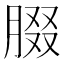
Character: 腏